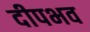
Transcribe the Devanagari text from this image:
दीपभव